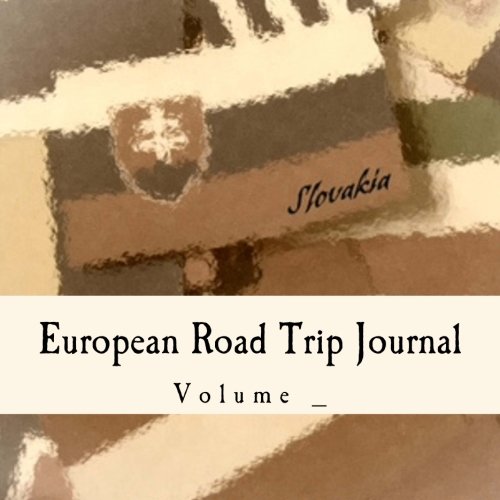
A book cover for European Road Trip Journal: Slovakia Flag Cover (S M Road Trip Journals); S M; Travel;